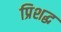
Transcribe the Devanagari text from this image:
प्रिशद्ध